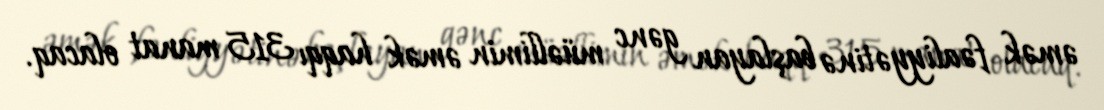
əmək fəaliyyətinə başlayan gənc müəllimin əmək haqqı 315 manat olacaq.